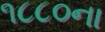
૧૮૮૦ના